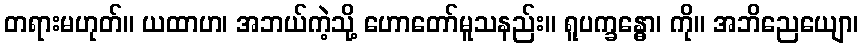
တရားမဟုတ်။ ယထာဟ၊ အဘယ်ကဲ့သို့ ဟောတော်မူသနည်း။ ရူပက္ခန္ဓော၊ ကို။ အဘိညေယျော၊